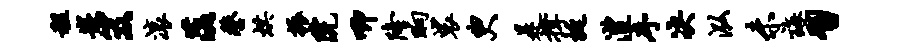
租嵌笈滚落鏊烘振院唧隆晌裟臾是撑挺澧序决泓未诲习